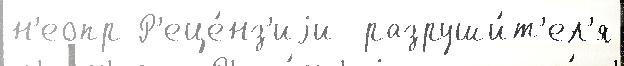
н'еопр Р'еце́нз'иjи  разруши́т'ел'я